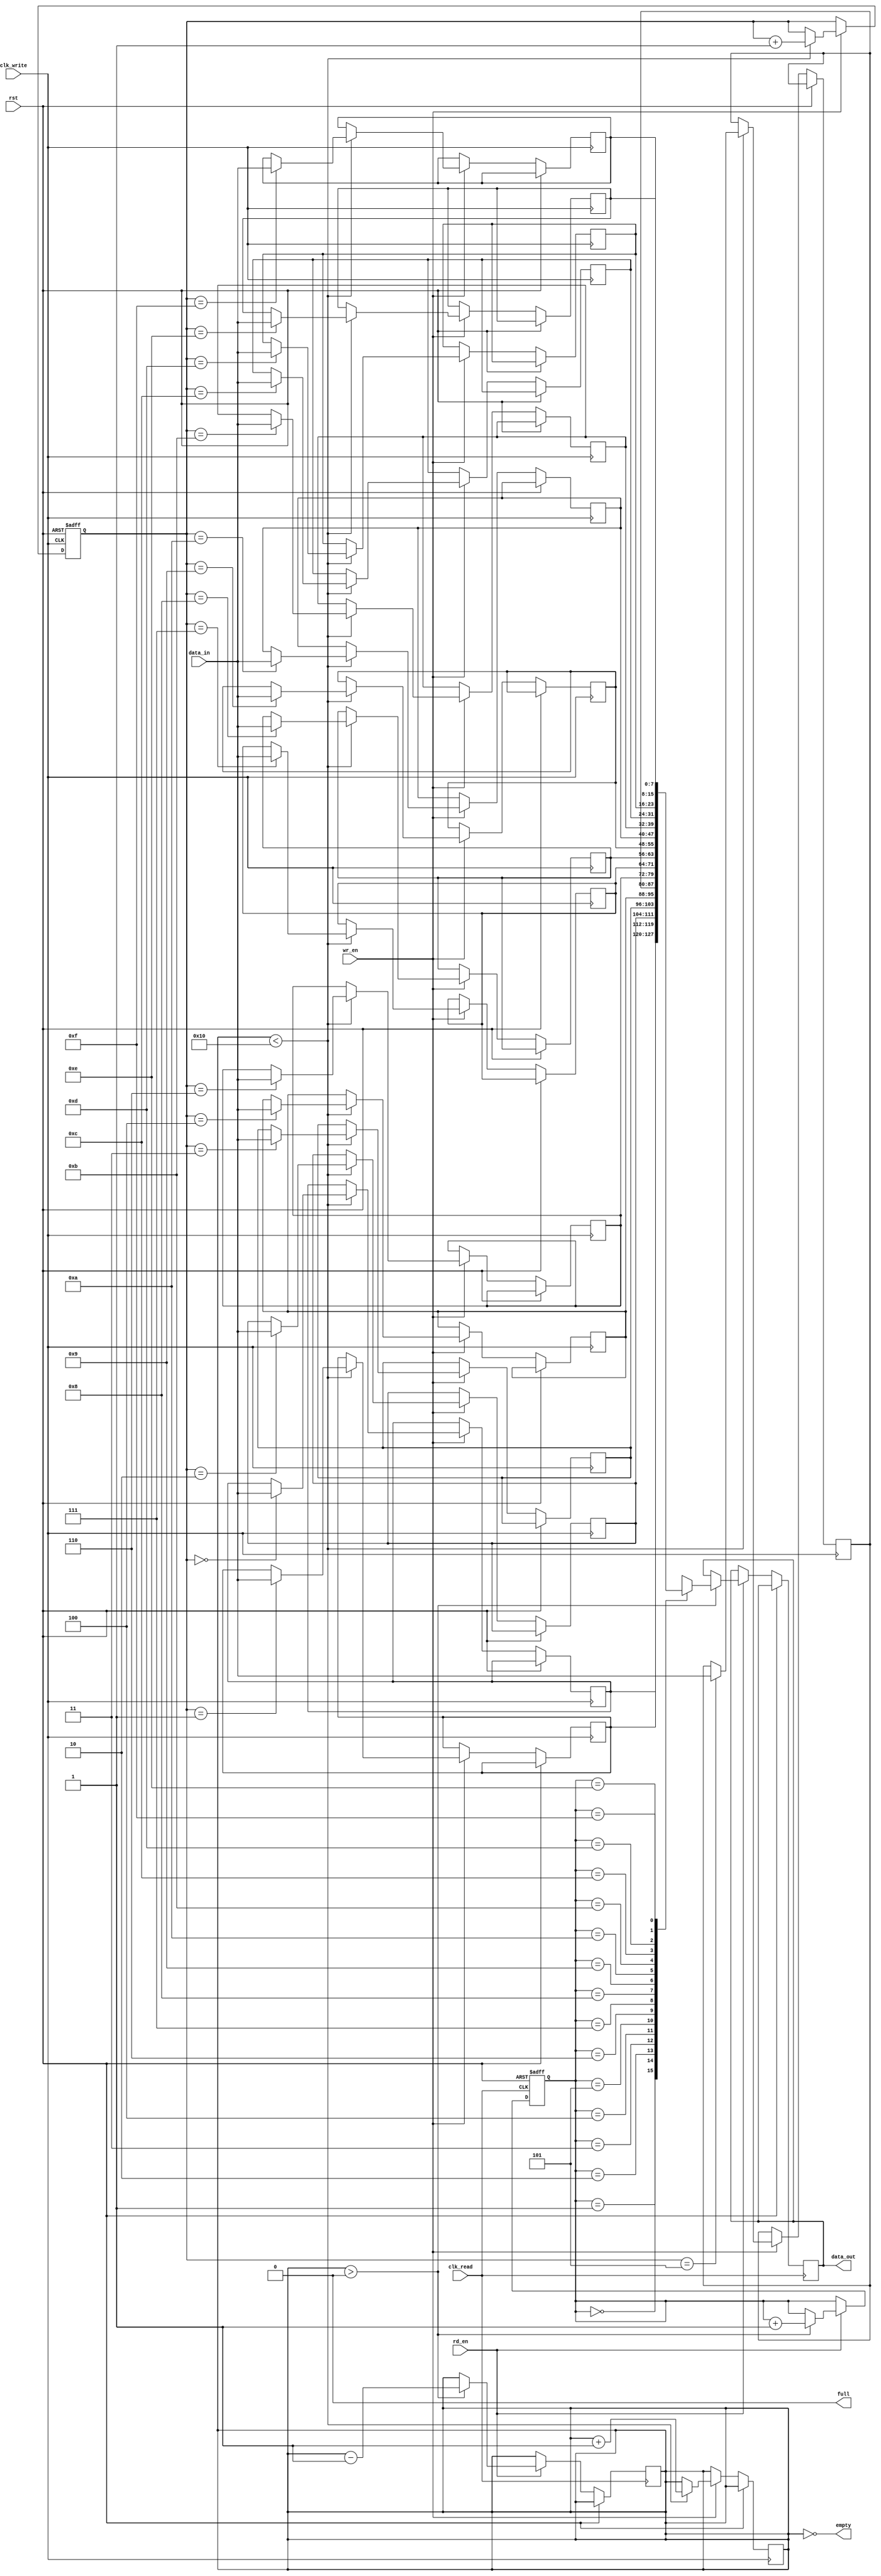
module async_fifo (
  input wire clk_write,
  input wire clk_read,
  input wire rst,
  input wire wr_en,
  input wire rd_en,
  input wire [7:0] data_in,
  output reg [7:0] data_out,
  output reg full,
  output reg empty
);

reg [7:0] mem [0:15];
reg [3:0] wr_ptr;
reg [3:0] rd_ptr;
reg [2:0] count;

always @(posedge clk_write or posedge rst) begin
  if (rst) begin
    wr_ptr <= 0;
  end else if (wr_en) begin
    if (count < 16) begin
      mem[wr_ptr] <= data_in;
      wr_ptr <= wr_ptr + 1;
      count <= count + 1;
    end
  end
end

always @(posedge clk_read or posedge rst) begin
  if (rst) begin
    rd_ptr <= 0;
  end else if (rd_en) begin
    if (count > 0) begin
      data_out <= mem[rd_ptr];
      rd_ptr <= rd_ptr + 1;
      count <= count - 1;
    end
  end
end

always @* begin
  full = (count == 16);
  empty = (count == 0);
end

endmodule